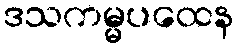
ဒသကမ္မပထေန